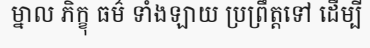
ម្នាល ភិក្ខុ ធម៌ ទាំងឡាយ ប្រព្រឹត្តទៅ ដើម្បី